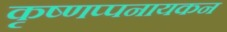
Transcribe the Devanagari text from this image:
कृष्णप्पनायकन